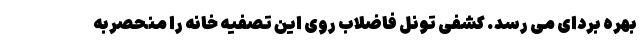
بهره بردای می رسد. کشفی تونل فاضلاب روی این تصفیه خانه را منحصربه